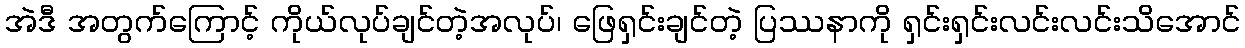
အဲဒီ အတွက်ကြောင့် ကိုယ်လုပ်ချင်တဲ့အလုပ်၊ ဖြေရှင်းချင်တဲ့ ပြဿနာကို ရှင်းရှင်းလင်းလင်းသိအောင်